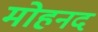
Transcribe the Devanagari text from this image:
मोहनद